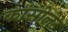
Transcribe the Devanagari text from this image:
कांसोलेट